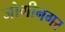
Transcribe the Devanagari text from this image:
जोगीनगर